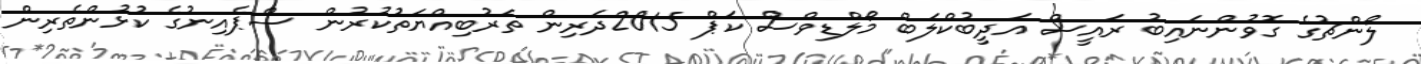
ލޯންޗުގެ ގޮވުންނައިބު ރައީސް އަދީބުކްލަބް މޯލްޑިވްސް ކަޕް 2015ދަރިން ތަރުބިއްޔަތުކުރުން ސްޕެއިނުގެ ކުޅުންތެރިން